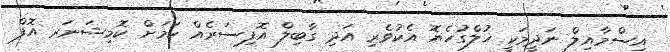
އިސްމާއިލް ނަދީމަކީ ޚުލްގުހެޔޮ އެކުވެރި އަދި ގާބިލް އޮފިސަރެއް ކަމަށް ކޮމިޝަނަރ އޮފް